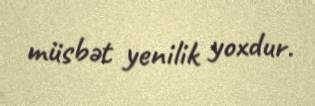
müsbət yenilik yoxdur.